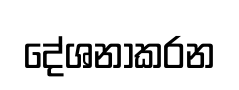
දේශනාකරන